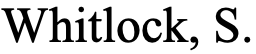
Whitlock, S.